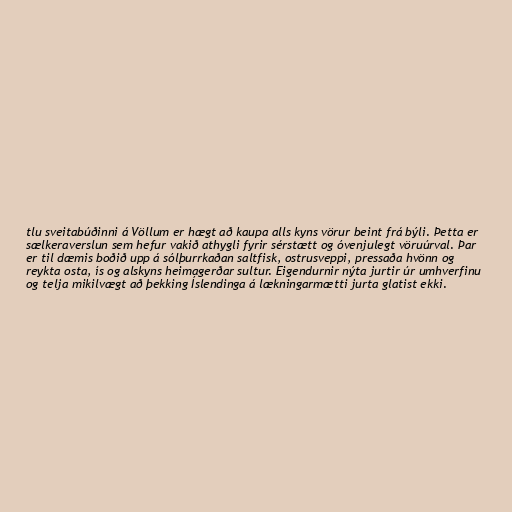
tlu sveitabúðinni á Völlum er hægt að kaupa alls kyns vörur beint frá býli. Þetta er
sælkeraverslun sem hefur vakið athygli fyrir sérstætt og óvenjulegt vöruúrval. Þar
er til dæmis boðið upp á sólþurrkaðan saltfisk, ostrusveppi, pressaða hvönn og
reykta osta, ís og alskyns heimagerðar sultur. Eigendurnir nýta jurtir úr umhverfinu
og telja mikilvægt að þekking Íslendinga á lækningarmætti jurta glatist ekki.